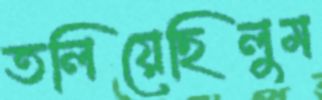
তলিয়েছিলুম